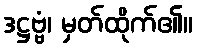
ဒဋ္ဌဗ္ဗံ၊ မှတ်ထိုက်၏။